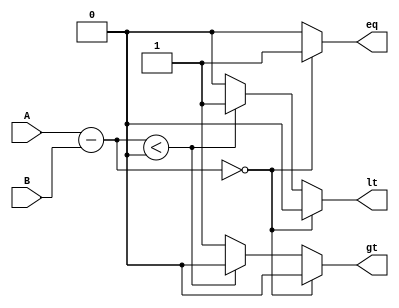
module comparator(
  input [63:0] A,
  input [63:0] B,
  output reg eq,
  output reg lt,
  output reg gt
);

reg [63:0] result;

initial begin
  eq = 1'b0;
  lt = 1'b0;
  gt = 1'b0;
end

always @(*) begin
  result = A - B;

  if(result == 64'b0) begin
    eq = 1'b1;
    lt = 1'b0;
    gt = 1'b0;
  end else if(result < 64'b0) begin
    eq = 1'b0;
    lt = 1'b1;
    gt = 1'b0;
  end else begin
    eq = 1'b0;
    lt = 1'b0;
    gt = 1'b1;
  end
end

endmodule